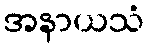
အနာယသံ